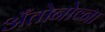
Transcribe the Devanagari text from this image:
अँतोनोव्ना